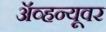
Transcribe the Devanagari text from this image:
ॲव्हन्यूवर